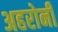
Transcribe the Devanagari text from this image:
अहरोनी